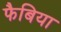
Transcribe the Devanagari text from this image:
फैबिया